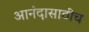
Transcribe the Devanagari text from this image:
आनंदासाठीच